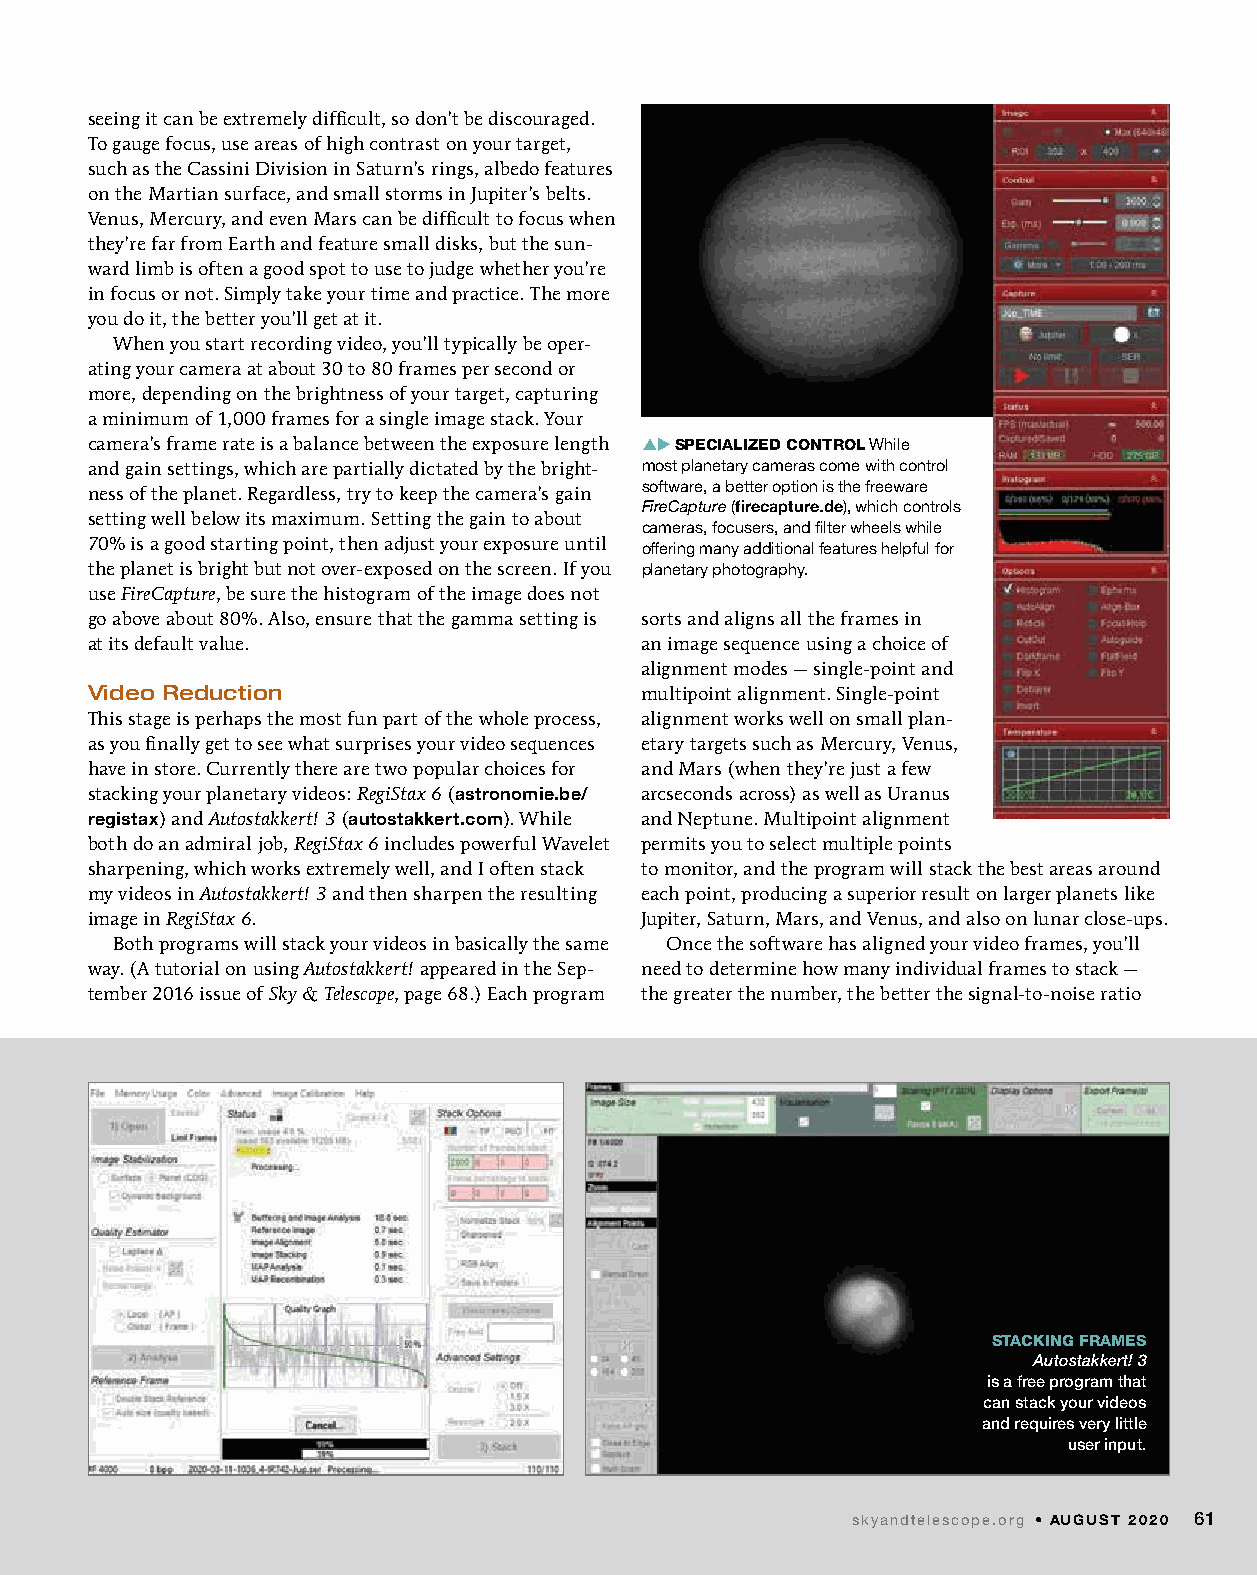
seeing it can be extremely difficult, so don’t be discouraged.
 To gauge focus, use areas of high contrast on your target,
 such as the Cassini Division in Saturn’s rings, albedo features
 on the Martian surface, and small storms in Jupiter’s belts.
 Venus, Mercury, and even Mars can be difficult to focus when
 they’re far from Earth and feature small disks, but the sun-
 ward limb is often a good spot to use to judge whether you’re
 in focus or not. Simply take your time and practice. The more
 you do it, the better you’ll get at it.
 When you start recording video, you’ll typically be oper-
 ating your camera at about 30 to 80 frames per second or
 more, depending on the brightness of your target, capturing
 a minimum of 1,000 frames for a single image stack. Your
 camera’s frame rate is a balance between the exposure length puSPECIALIZED CONTROL While
 and gain settings, which are partially dictated by the bright- most planetary cameras come with control
 software, a better option is the freeware
 ness of the planet. Regardless, try to keep the camera’s gain
 FireCapture (firecapture.de), which controls
 setting well below its maximum. Setting the gain to about
 cameras, focusers, and filter wheels while
 70% is a good starting point, then adjust your exposure until offering many additional features helpful for
 the planet is bright but not over-exposed on the screen. If you planetary photography.
 use FireCapture, be sure the histogram of the image does not
 go above about 80%. Also, ensure that the gamma setting is sorts and aligns all the frames in
 at its default value.               an image sequence using a choice of
 alignment modes — single-point and
 Video Reduction                     multipoint alignment. Single-point
 This stage is perhaps the most fun part of the whole process, alignment works well on small plan-
 as you finally get to see what surprises your video sequences etary targets such as Mercury, Venus,
 have in store. Currently there are two popular choices for and Mars (when they’re just a few
 stacking your planetary videos: RegiStax 6 (astronomie.be/ arcseconds across) as well as Uranus
 registax) and Autostakkert! 3 (autostakkert.com). While and Neptune. Multipoint alignment
 both do an admiral job, RegiStax 6 includes powerful Wavelet permits you to select multiple points
 sharpening, which works extremely well, and I often stack to monitor, and the program will stack the best areas around
 my videos in Autostakkert! 3 and then sharpen the resulting each point, producing a superior result on larger planets like
 image in RegiStax 6.                Jupiter, Saturn, Mars, and Venus, and also on lunar close-ups.
 Both programs will stack your videos in basically the same Once the software has aligned your video frames, you’ll
 way. (A tutorial on using Autostakkert! appeared in the Sep- need to determine how many individual frames to stack —
 tember 2016 issue of Sky & Telescope, page 68.) Each program the greater the number, the better the signal-to-noise ratio
 STACKING FRAMES
 Autostakkert! 3
 is a free program that
 can stack your videos
 and requires very little
 user input.
 skyandtelescope.org • AUGUST 2020 61